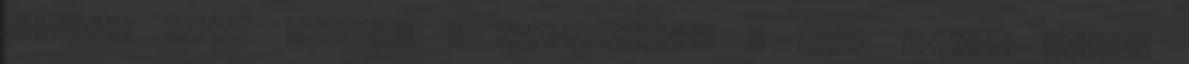
építése elôtt állnak. A vállalkozást a fia, Kleisz Zoltán